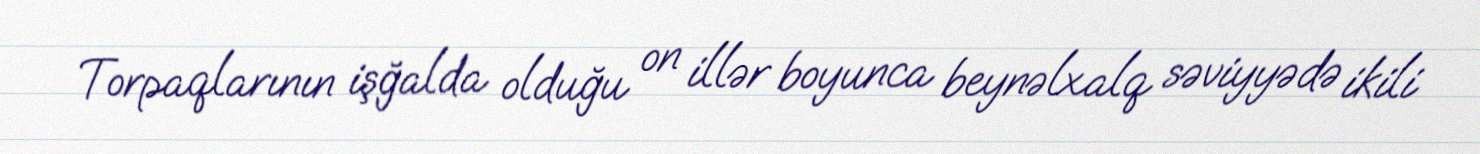
Torpaqlarının işğalda olduğu on illər boyunca beynəlxalq səviyyədə ikili